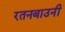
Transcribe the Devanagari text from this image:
रतनबाउनी